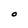
Character: O